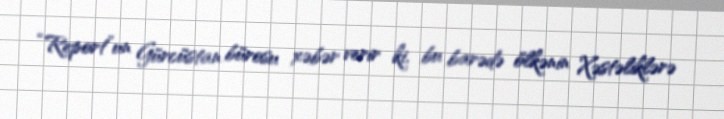
“Report”un Gürcüstan bürosu xəbər verir ki, bu barədə ölkənin Xəstəliklərə